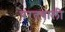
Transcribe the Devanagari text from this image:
परतवाली